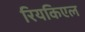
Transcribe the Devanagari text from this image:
रियकिएल